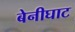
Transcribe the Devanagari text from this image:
बेनीघाट